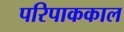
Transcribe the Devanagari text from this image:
परिपाककाल